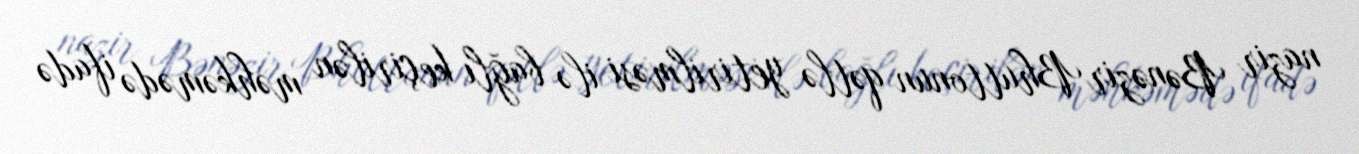
nazir Bənəzir Bhuttonun qətlə yetirilməsi ilə bağlı keçirilən məhkəmədə ifadə